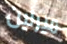
ميرلين